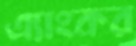
এ্যাংকর